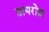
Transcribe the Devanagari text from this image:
तायरोफ़